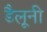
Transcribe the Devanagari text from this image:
डैलूनी